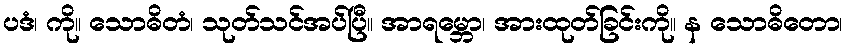
ပဒံ၊ ကို။ သောဓိတံ၊ သုတ်သင်အပ်ပြီ။ အာရမ္ဘော၊ အားထုတ်ခြင်းကို။ န သောဓိတော၊